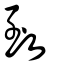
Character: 致